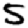
Digit: 5